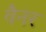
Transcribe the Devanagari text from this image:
वैनर